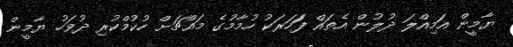
ޔާމީން އަމިއްލަ ދުލުން އެތައް ފަަހަރަކު ހުމާމުގެ މައްޗަށް ހުކުމްކުރި ދުވަހު ޔާމީން